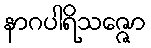
နာဂပါရိသဇ္ဇော